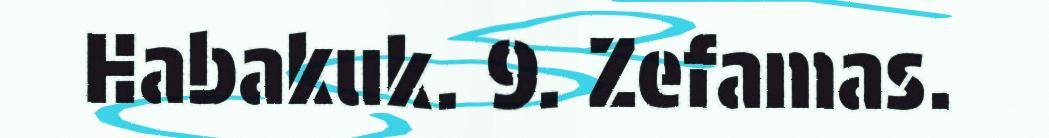
Habakuk. 9. Zefamas.